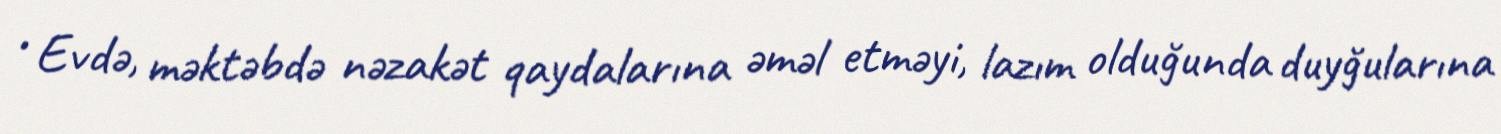
• Evdə, məktəbdə nəzakət qaydalarına əməl etməyi, lazım olduğunda duyğularına